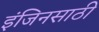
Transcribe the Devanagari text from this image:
इंजिनसाठी